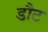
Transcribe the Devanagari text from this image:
डौट